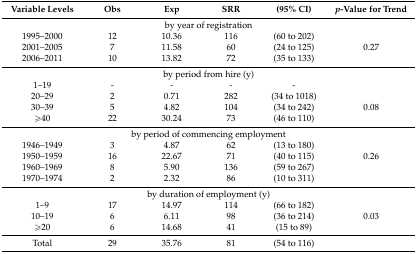
| Variable Levels | Obs | Exp | SRR | (95% CI) | p-Value for Trend |
 | --- | --- | --- | --- | --- | --- |
 | <COLSPAN=6> by year of registration |
 | 1995–2000 | 12 | 10.36 | 116 | (60 to 202) |  |
 | 2001–2005 | 7 | 11.58 | 60 | (24 to 125) | 0.27 |
 | 2006–2011 | 10 | 13.82 | 72 | (35 to 133) |  |
 | <COLSPAN=6> by period from hire (y) |
 | 1–19 | - | - | - | - |  |
 | 20–29 | 2 | 0.71 | 282 | (34 to 1018) |  |
 | 30–39 | 5 | 4.82 | 104 | (34 to 242) | 0.08 |
 | ≥40 | 22 | 30.24 | 73 | (46 to 110) |  |
 | <COLSPAN=6> by period of commencing employment |
 | 1946–1949 | 3 | 4.87 | 62 | (13 to 180) |  |
 | 1950–1959 | 16 | 22.67 | 71 | (40 to 115) | 0.26 |
 | 1960–1969 | 8 | 5.90 | 136 | (59 to 267) |  |
 | 1970–1974 | 2 | 2.32 | 86 | (10 to 311) |  |
 | <COLSPAN=6> by duration of employment (y) |
 | 1–9 | 17 | 14.97 | 114 | (66 to 182) |  |
 | 10–19 | 6 | 6.11 | 98 | (36 to 214) | 0.03 |
 | ≥20 | 6 | 14.68 | 41 | (15 to 89) |  |
 | Total | 29 | 35.76 | 81 | (54 to 116) |  |